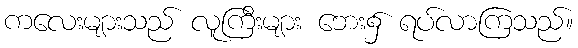
ကလေးများသည် လူကြီးများ ဘေး၌ ရပ်လာကြသည်။